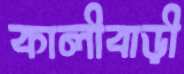
কালীবাড়ী